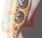
لأن